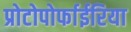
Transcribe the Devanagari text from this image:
प्रोटोपोर्फाईरिया